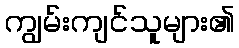
ကျွမ်းကျင်သူများ၏